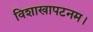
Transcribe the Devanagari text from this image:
विशाखापटनम।